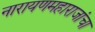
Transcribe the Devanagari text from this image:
नारायणमहाराजांचा